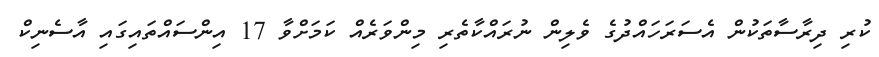
ކުރި ދިރާސާތަކުން އެސަރަހައްދުގެ ވެލިން ނުރައްކާތެރި މިންވަރެއް ކަމަށްވާ 17 އިންސައްތައިގައި އާސެނިކް